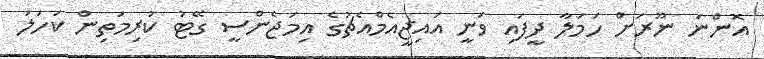
އޮންނަ ނޫރަށް ހަމަލާ ދީފައި ވަނީ އައިޖީއެމްއެޗުގެ އިމަޖެންސީ ގޭޓު ކުރިމަތިން ކަހަލަ